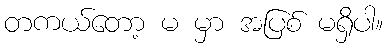
တကယ်တော့ မ မှာ အပြစ် မရှိပါ။